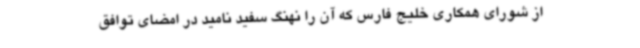
از شورای همکاری خلیج فارس که آن را نهنگ سفید نامید در امضای توافق